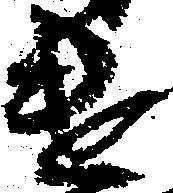
遣